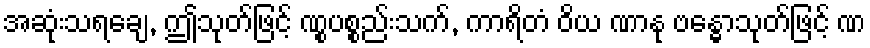
အဆုံးသရချေ, ဤသုတ်ဖြင့် ဏွုပစ္စည်းသက်, ကာရိတံ ဝိယ ဏာနု ဗန္ဓောသုတ်ဖြင့် ဏ